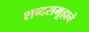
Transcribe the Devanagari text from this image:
शब्दसमूहाचे